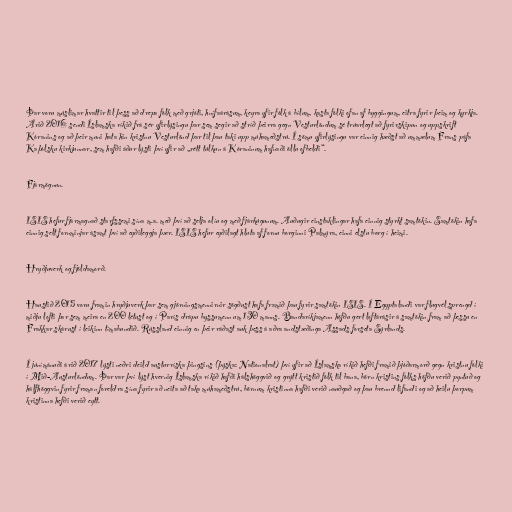
Þar voru múslimar hvattir til þess að drepa fólk með grjóti, hnífaárásum, keyra yfir fólk á bílum, kasta fólki ofan af byggingum, eitra fyrir þeim og kyrkja.
Árið 2016 sendi Íslamska ríkið frá sér yfirlýsingu þar sem segir að stríð þeirra gegn Vesturlöndum sé trúarlegt að fyrirskipun og uppskrift
Kóranins og að þeir muni hata hin kristnu Vesturlönd þar til þau taki upp múhameðstrú. Í sömu yfirlýsingu var einnig hæðst að ummælum Frans páfa
Kaþólsku kirkjunnar, sem hafði áður lýsti því yfir að „rétt túlkun á Kóraninum hafnaði öllu ofbeldi“.

Fjármögnun.

ISIS hefur fjármagnað starfssemi sína m.a. með því að selja olíu og með fjárkúgunum. Auðugir einstaklingar hafa einnig styrkt samtökin. Samtökin hafa
einnig selt fornminjar ásamt því að eyðileggja þær. ISIS hefur eyðilagt hluta af fornu borginni Palmýra, einni elstu borg í heimi.

Hryðjuverk og fjöldamorð.

Haustið 2015 voru framin hryðjuverk þar sem gjörningsmennirnir sögðust hafa framið þau fyrir samtökin ISIS. Í Egyptalandi var flugvél sprengd í
miðju lofti þar sem meira en 200 létust og í París drápu byssumenn um 130 manns. Bandaríkjamenn höfðu gert loftárásir á samtökin fram að þessu en
Frakkar skárust í leikinn tímabundið. Rússland einnig en þeir ráðast auk þess á aðra andstæðinga Assads forseta Sýrlands.

Í júnímánuði árið 2017 lýsti neðri deild austurríska þingsins (þýska: Nationalrat) því yfir að Íslamska ríkið hefði framið þjóðarmorð gegn kristnu fólki
í Mið-Austurlöndum. Þar var því lýst hvernig Íslamska ríkið hafði hálshöggvið og grýtt kristið fólk til bana, börn kristins fólks höfðu verið pyntuð og
hálfhöggvin fyrir framan foreldra sína fyrir að neita að taka múhameðstrú, börnum kristinna hafði verið nauðgað og þau brennd lifandi og að heilu þorpum
kristinna hefði verið eytt.